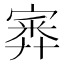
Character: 𡪃